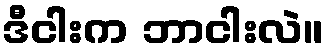
ဒီငါးက ဘာငါးလဲ။